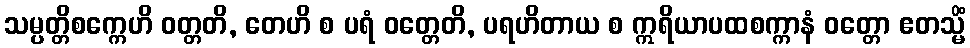
သမ္ပတ္တိစက္ကေဟိ ဝတ္တတိ, တေဟိ စ ပရံ ဝတ္တေတိ, ပရဟိတာယ စ ဣရိယာပထစက္ကာနံ ဝတ္တော ဧတသ္မိံ